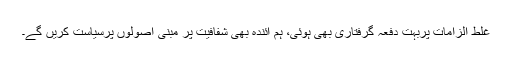
غلط الزامات پربہت دفعہ گرفتاری بھی ہوئی، ہم آئندہ بھی شفافیت پر مبنی اصولوں پرسیاست کریں گے۔